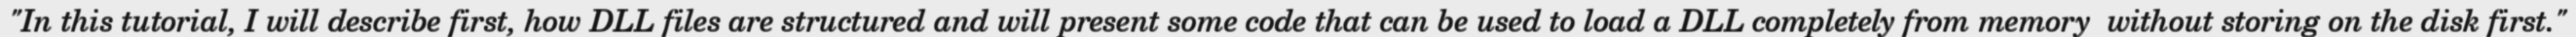
"In this tutorial, I will describe first, how DLL files are structured and will present some code that can be used to load a DLL completely from memory  without storing on the disk first."